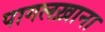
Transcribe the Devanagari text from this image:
पागलख़ाना